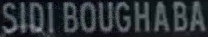
SIDI BOUGHABA